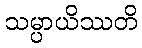
သမ္ပာယိဿတိ